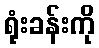
ရုံးခန်းကို